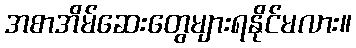
အစာအိမ်ဆေးတွေများရနိုင်မလား။